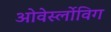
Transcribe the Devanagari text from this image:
ओवेर्स्लोविग